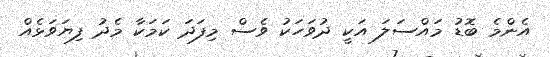
އެންމެ ބޮޑު މައްސަލަ އަކީ ދުވަހަކު ވެސް މިފަދަ ކަމަކާ މެދު ފިޔަވަޅެއް